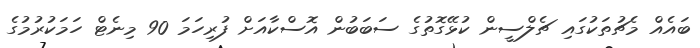
ބައެއް މެޗުތަކުގައި ޗެލްސީން ކުޅޭގޮތުގެ ސަބަބުން އޮސްކާއަށް ފުރިހަމަ 90 މިނެޓް ހަމަކުރުމުގެ